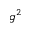
g ^ { 2 }